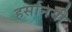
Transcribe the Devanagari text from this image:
हर्सानयी